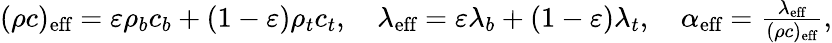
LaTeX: \begin{array}{r}{(\rho c)_{\textrm{eff}}=\varepsilon\rho_{b}c_{b}+(1-\varepsilon)\rho_{t}c_{t},\quad\lambda_{\textrm{eff}}=\varepsilon\lambda_{b}+(1-\varepsilon)\lambda_{t},\quad\alpha_{\textrm{eff}}=\frac{\lambda_{\textrm{eff}}}{(\rho c)_{\textrm{eff}}},}\end{array}